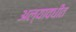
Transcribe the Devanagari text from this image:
अल्यावधीत